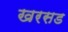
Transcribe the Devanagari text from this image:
खरसड